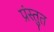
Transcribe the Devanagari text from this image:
प्रंस्तुत